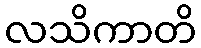
လသိကာတိ